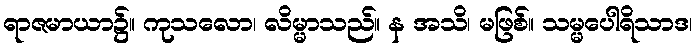
ရာဇမာယာ၌။ ကုသလော၊ လိမ္မာသည်။ န အသိ၊ မဖြစ်။ သမ္မပေါရိသာဒ၊